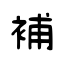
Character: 補